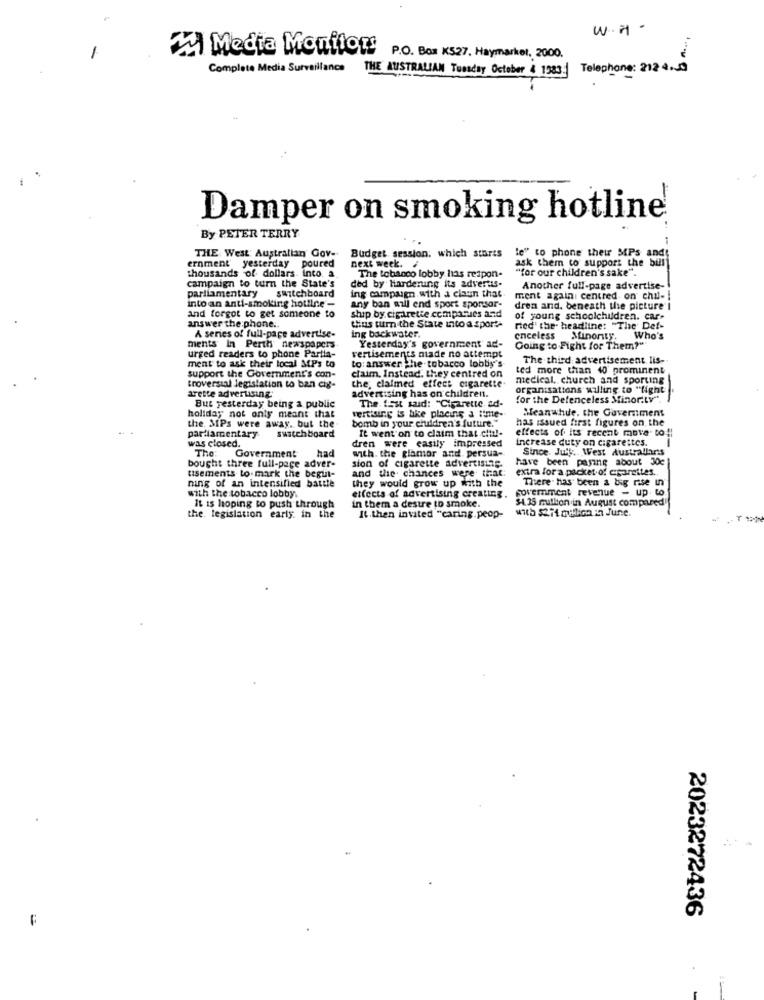
W.H .
IM Media Monfions
P.O. Box K527, Haymarket, 2000.
Complete Media Surveillance
THE AUSTRALIAN Tuesday October & 1983:
Telephone: 212 4.00
Damper on smoking hotline
By PETER TERRY
THE West Australian Gov-
Budget, session, which starts
next week.
ask them to support the bus
le" to phone their MPs a
thousands of dollars. into. a
ernment yesterday poured
The tobacco lobby has respon-
"for our children's sake".
parliamentary
campaign to turn the State's
ded by Hardening its advertis-
ing campaign with a claun that
Another full-page advertise-
switchboard
any ban azll end sport sponsor-
ment again, centred on chal-
into an anti-smoking hotline -
ship by cigarette companies and
dren and. beneath the picture I
and forgot to get someone to
of young schoolchildren. car-
answer the phone ..
thus turn the State into a sports
ried' the- headline: "The Def-
A series of full-page advertise-
ing backwater.
Yesterday's government' ad-
enceless
Sinonty.
Who's
ments In Perth newspapers
vertisements made no attempt
Going to Fight for Them?"
urged readers to phone Partia-
ment to ask their local MPs to
to:answer the tobacco lobby's
The third advertisement. lis-
support the Government's con-
ted more than 40 prominent
claim. Instead. they centred on
medical, church and sporting
troversial legislation to ban cig-
arette advertising
advertising has on children.
the, claimed effect cigarette.
organisations willing to "fight
But yesterday being a public
for the Defenceless Minor.tv".
holiday not only meant that
vertising is like placing a time-
The first said: "Cigarette. ad-
Meanwhile, the Government
bomb in your children's future."
has issued first figures on the
the. MPs were away. but the-
It went on to claim that citu !-
effects of its recent move. to !!
parliamentary.
switchboard
increase duty on cigarettes.
was closed.
The:
had
dren were easily impressed
with. the glamor and. persua-
Since. July. West Australians
Government
have been paying about 30e
bought three full-page adver-
sion of cigarette advertising.
extra for a packet of apareites.
ning of an intensified bautte
tisements to mark the begut-
and the chances were that
they would grow up with the
goverment revenue - up to
There. has been a big rise un
with the tobacco lobby.
effects of advertising creating.
in them a destre to smoke.
34. 35 million in August compared
the. legislation early. in the
It is hoping to push through
with $2.71 million in June.
It.then invited "caring.peop-
2023272436
. i